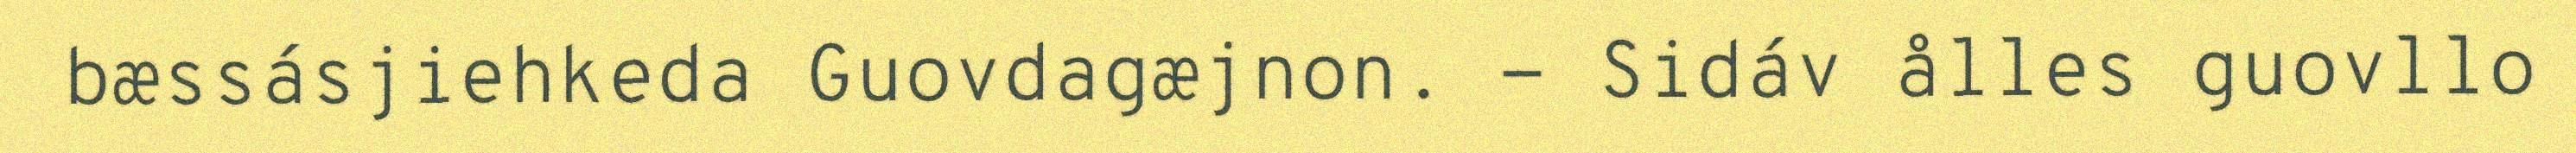
bæssásjiehkeda Guovdagæjnon. - Sidáv ålles guovllo